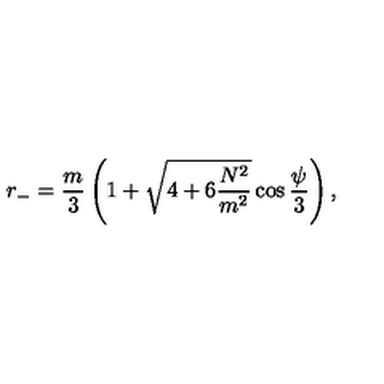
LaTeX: r _ { - } = \frac { m } { 3 } \left( 1 + \sqrt { 4 + 6 \frac { N ^ { 2 } } { m ^ { 2 } } } \cos \frac { \psi } { 3 } \right) ,